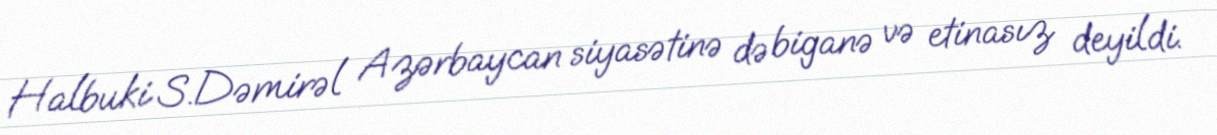
Halbuki S.Dəmirəl Azərbaycan siyasətinə də biganə və etinasız deyildi.